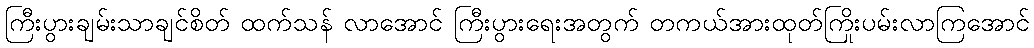
ကြီးပွားချမ်းသာချင်စိတ် ထက်သန် လာအောင် ကြီးပွားရေးအတွက် တကယ်အားထုတ်ကြိုးပမ်းလာကြအောင်